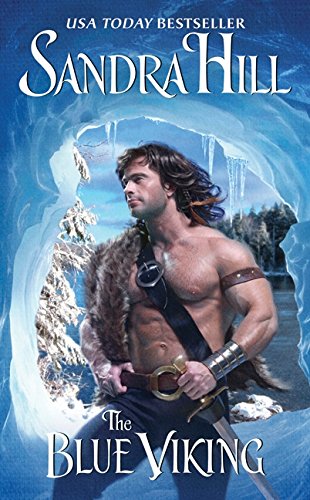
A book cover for The Blue Viking (Viking I); Sandra Hill; Romance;